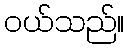
ဝယ်သည်။